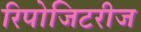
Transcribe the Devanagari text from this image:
रिपोजिटरीज